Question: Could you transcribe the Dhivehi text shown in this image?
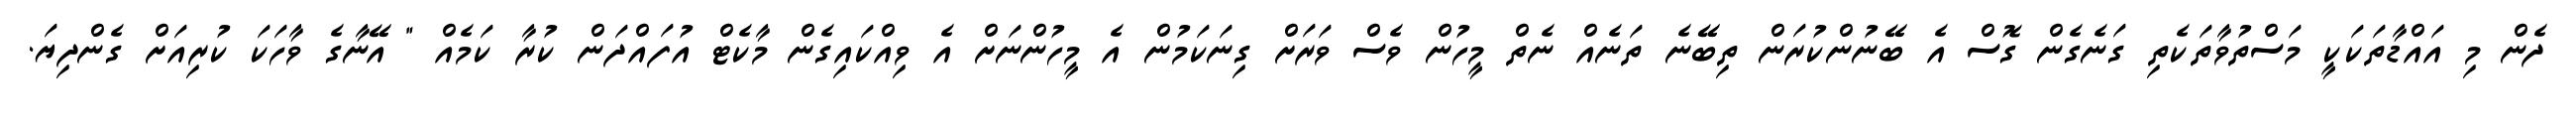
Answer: ދެން މި އައްޑާތަކަކީ މަސްތުވާތަކެތި ގަނެގެން ގޮސް އެ ބޭނުންކުރަން ތިބޭނެ ތަނެއް ނެތް މީހުން ވެސް ވަރަށް ގިނަކަމުން އެ މީހުންނަށް އެ ވިއްކައިގެން މާކެޓް އުފައްދަން ކުރާ ކަމެއް " އޭނާގެ ވާހަކަ ކުރިއަށް ގެންދިޔަ.